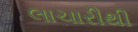
લાચારીથી